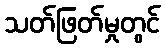
သတ်ဖြတ်မှုတွင်